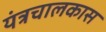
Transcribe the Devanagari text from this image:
यंत्रचालकास